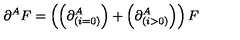
\partial ^ { A } F = \left( \left( \partial _ { \left( i = 0 \right) } ^ { A } \right) + \left( \partial _ { \left( i > 0 \right) } ^ { A } \right) \right) F